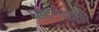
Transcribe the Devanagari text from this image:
घोटनेवाली